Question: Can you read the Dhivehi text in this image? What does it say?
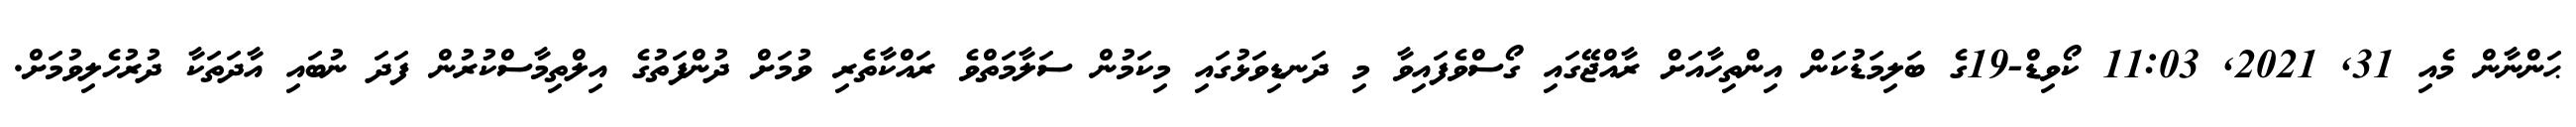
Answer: ޙަންނާން މެއި 31, 2021, 11:03 ކޯވިޑް-19ގެ ބަލިމަޑުކަން އިންތިހާއަށް ރާއްޖޭގައި ގޯސްވެފައިވާ މި ދަނޑިވަޅުގައި މިކަމުން ސަލާމަތްވެ ރައްކާތެރި ވުމަށް ދުންފަތުގެ އިލްތިމާސްކުރުން ފަދަ ނުބައި އާދަތަކާ ދުރުހެލިވުމަށް.